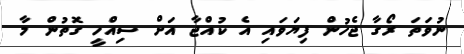
ނުވަތަ ރޯގާ ޖެހުން ފިޔަވައި އެ ކުއްޖާ އަށް ސިއްހީ ގޮތުން މާ